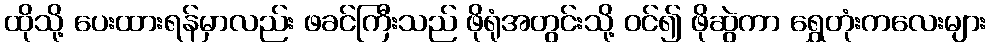
ထိုသို့ ပေးထားရန်မှာလည်း ဖခင်ကြီးသည် ဖိုရုံအတွင်းသို့ ဝင်၍ ဖိုဆွဲကာ ရွှေတုံးကလေးများ